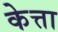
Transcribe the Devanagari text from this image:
केत्ता